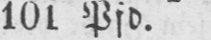
101 Pfd.